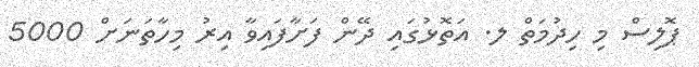
ޕޮލިސް މި ހިދުމަތް ލ. އަތޮޅުގައި ދޭން ފަށާފައިވާ އިރު މިހާތަނަށް 5000